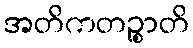
အတိကတဉ္စာတိ